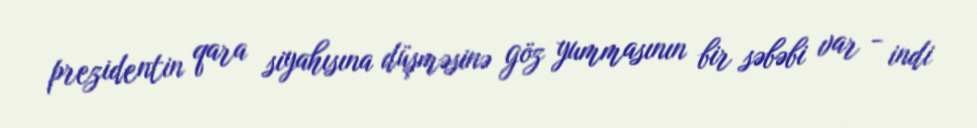
prezidentin qara siyahısına düşməsinə göz yummasının bir səbəbi var - indi